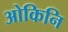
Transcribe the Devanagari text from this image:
ओकिनि